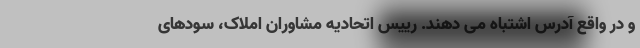
و در واقع آدرس اشتباه می دهند. رییس اتحادیه مشاوران املاک، سودهای